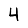
Digit: 4